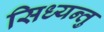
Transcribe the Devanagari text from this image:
सिध्यन्तु